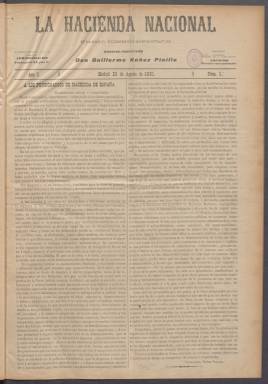
Título: La Hacienda nacional
Colección: Periódicos
Ámbito geográfico: Madrid
Lugar de publicación: Madrid
Fechas: 23/08/1901-08/02/1910